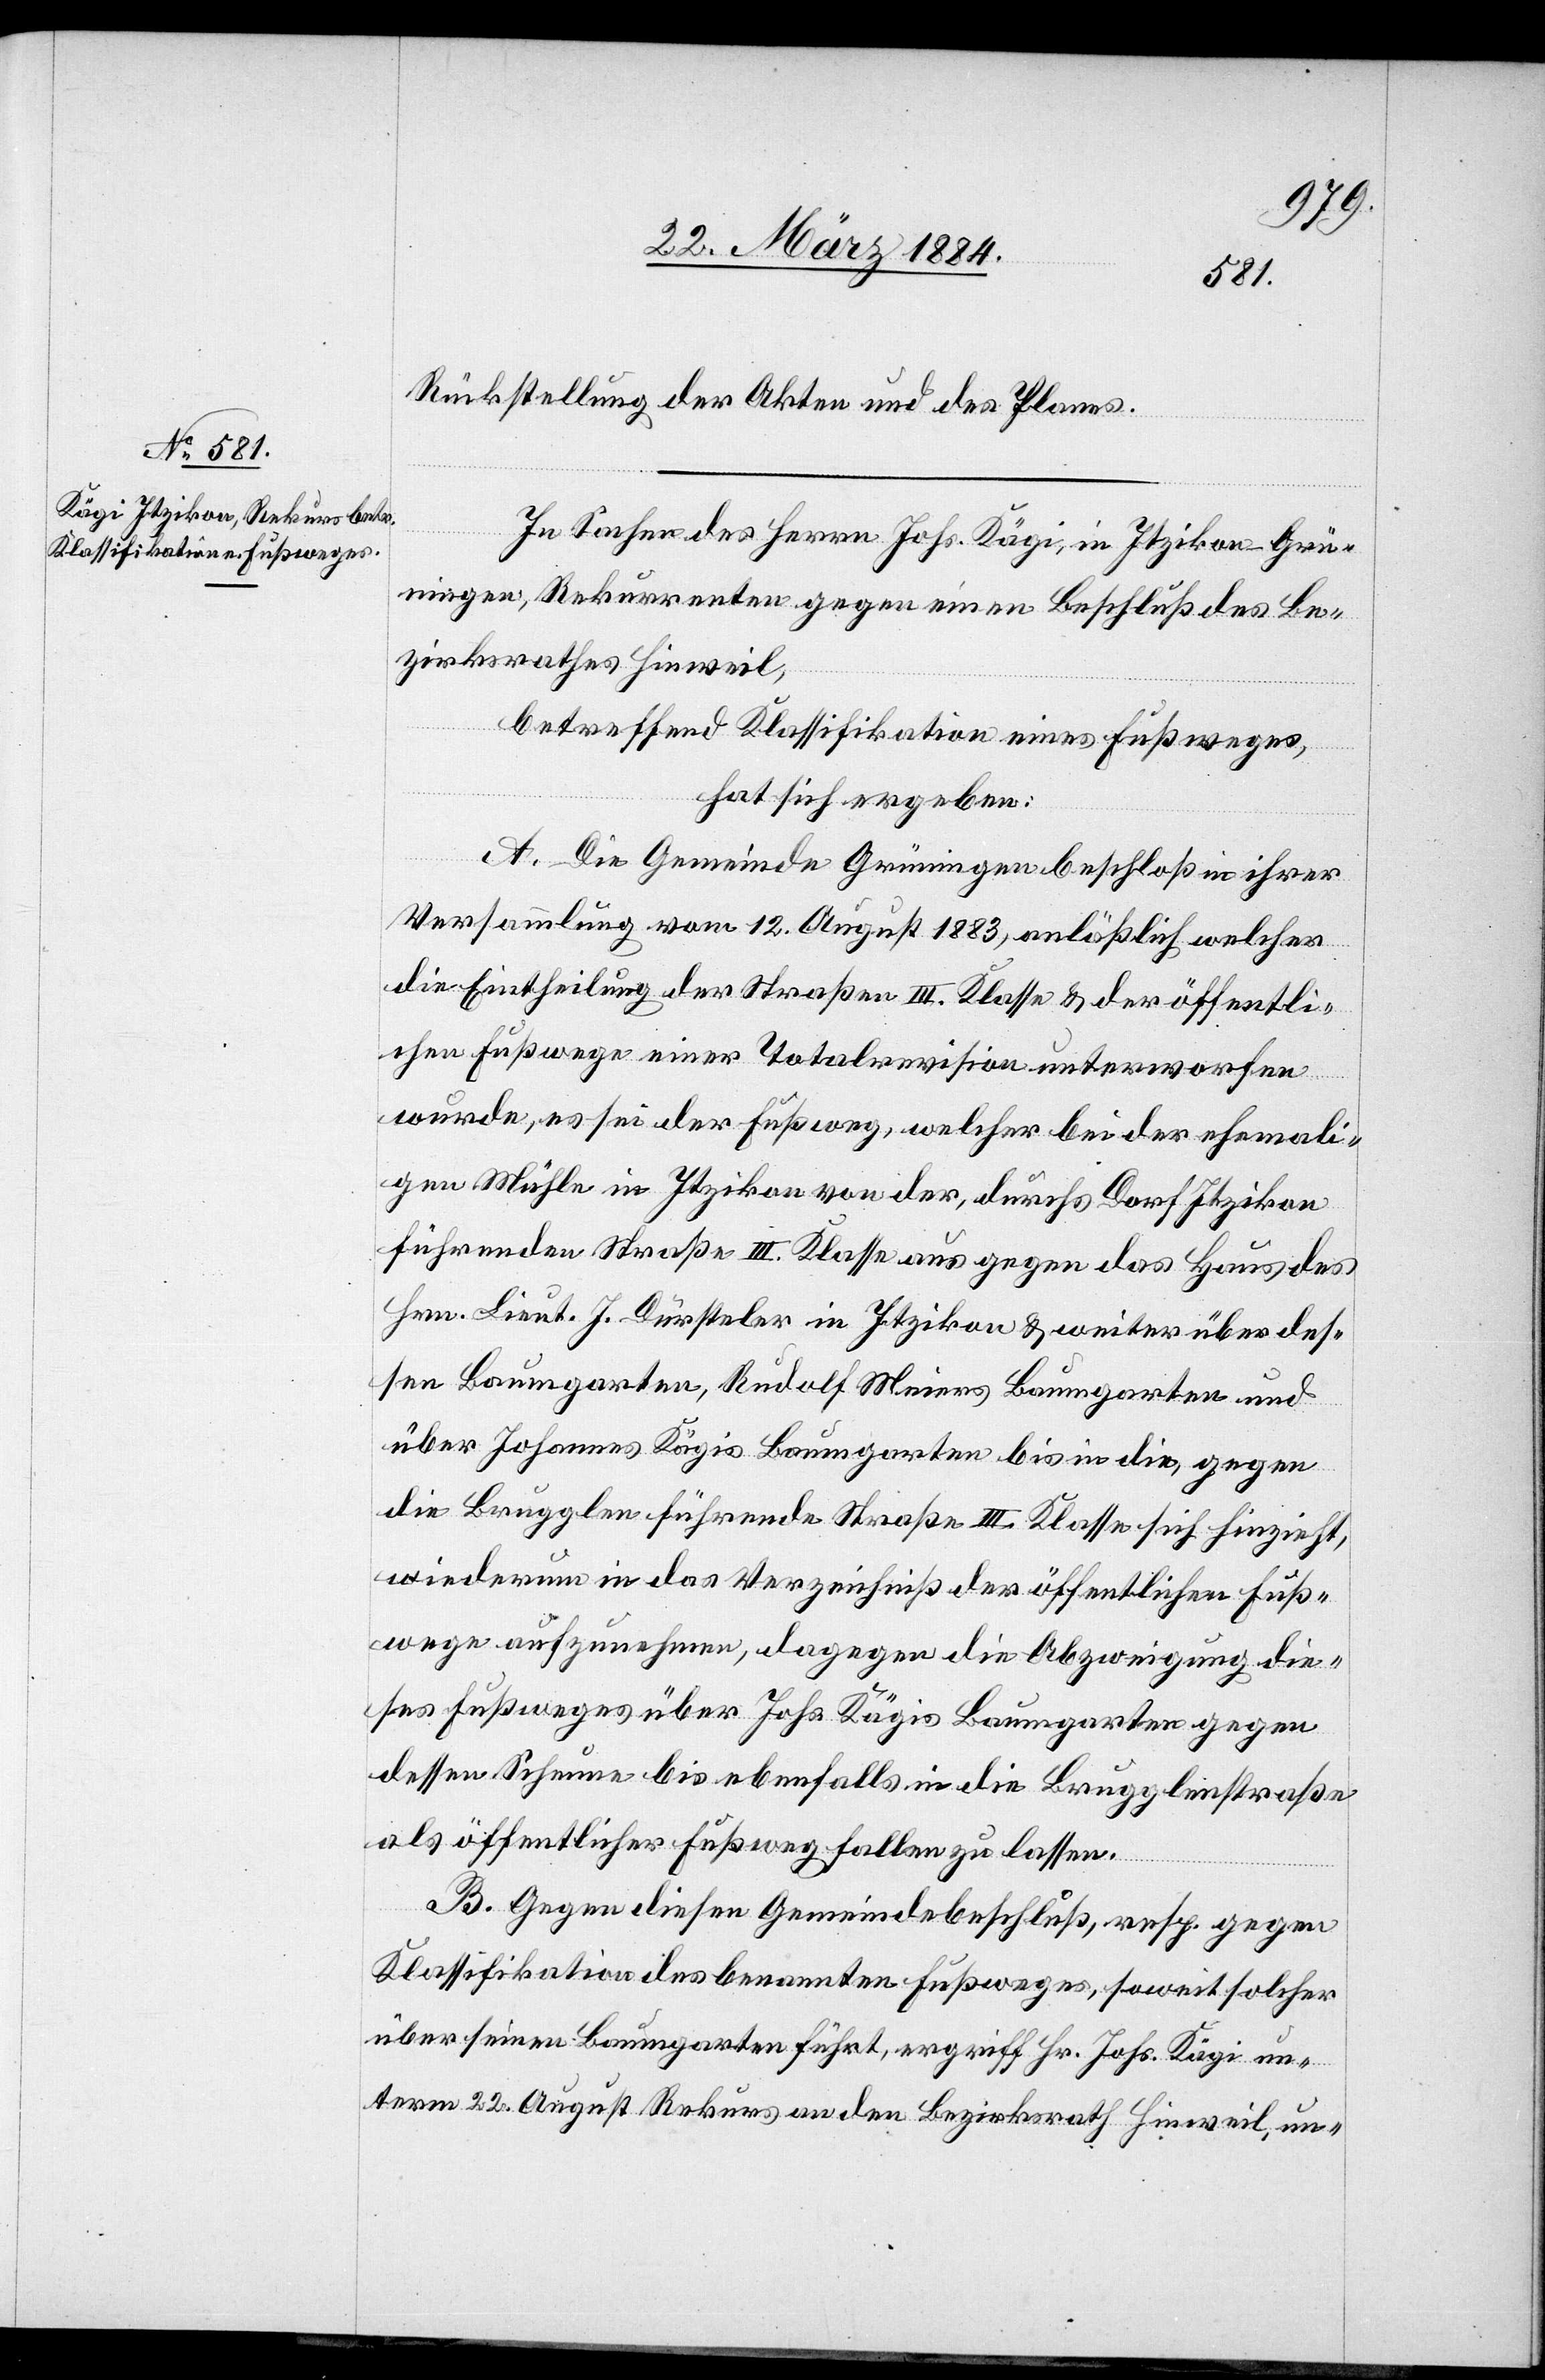
Rückstellung der Akten und des Planes.